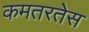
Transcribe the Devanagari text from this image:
कमतरतेस